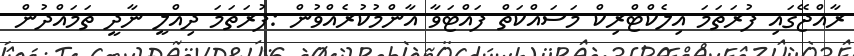
ރާއްޖޭގައި ފުރަތަމަ އިލެކްޓްރިކް މަސައްކަތް ފައްޓަވާ އާންމުކުރެއްވުން :ފުރަތަމަ ދިއްލީ ނާދީ ތަމައްދުން